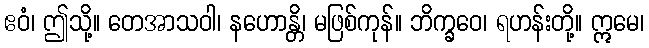
ဧဝံ၊ ဤသို့။ တေအာသဝါ၊ နဟောန္တိ၊ မဖြစ်ကုန်။ ဘိက္ခဝေ၊ ရဟန်းတို့။ ဣမေ၊